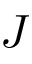
J